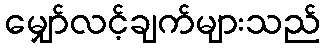
မျှော်လင့်ချက်များသည်